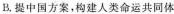
B，提中国方案，构建人类命运共同体